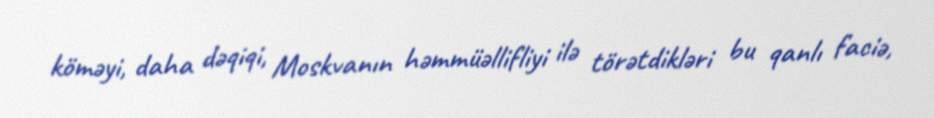
köməyi, daha dəqiqi, Moskvanın həmmüəllifliyi ilə törətdikləri bu qanlı faciə,